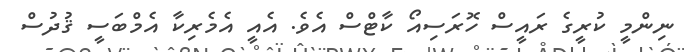
ނިންމީ ކުރީގެ ރައީސް ހޮރަސިއޯ ކާޓްސް އެވެ. އެއީ އެމެރިކާ އެމްބަސީ ޤުދުސް